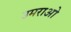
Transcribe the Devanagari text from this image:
उमराओ